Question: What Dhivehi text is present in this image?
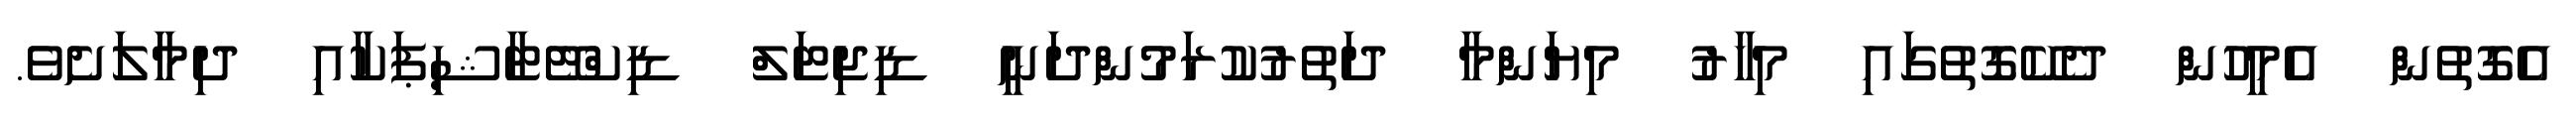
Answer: އެގޮތުން އެމީހުން ދެކޭގޮތުގައި މިހާރު މިޔަންމާ ދަތުރުކުރަމުންދަނީ ޑިޖިޓަލް ޑިކްޓޭޓާޝިޕަކާއި ދިމާލަށެވެ.